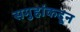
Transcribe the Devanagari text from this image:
समुहांकदून